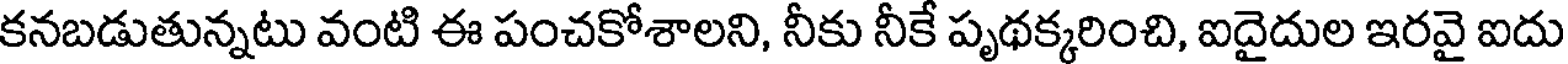
కనబడుతున్నటు వంటి ఈ పంచకోశాలని, నీకు నీకే పృథక్కరించి, ఐదైదుల ఇరవై ఐదు